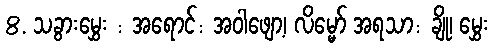
8. သခွားမွှေး : အရောင်: အဝါဖျော့၊ လိမ္မော် အရသာ: ချို၊ မွှေး